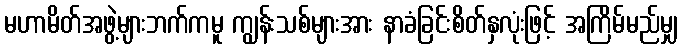
မဟာမိတ်အဖွဲ့များဘက်ကမူ ကျွန်းသစ်များအား နာခံခြင်းစိတ်နှလုံးဖြင့် အကြိမ်မည်မျှ